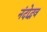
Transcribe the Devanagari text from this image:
नंदोद्भव